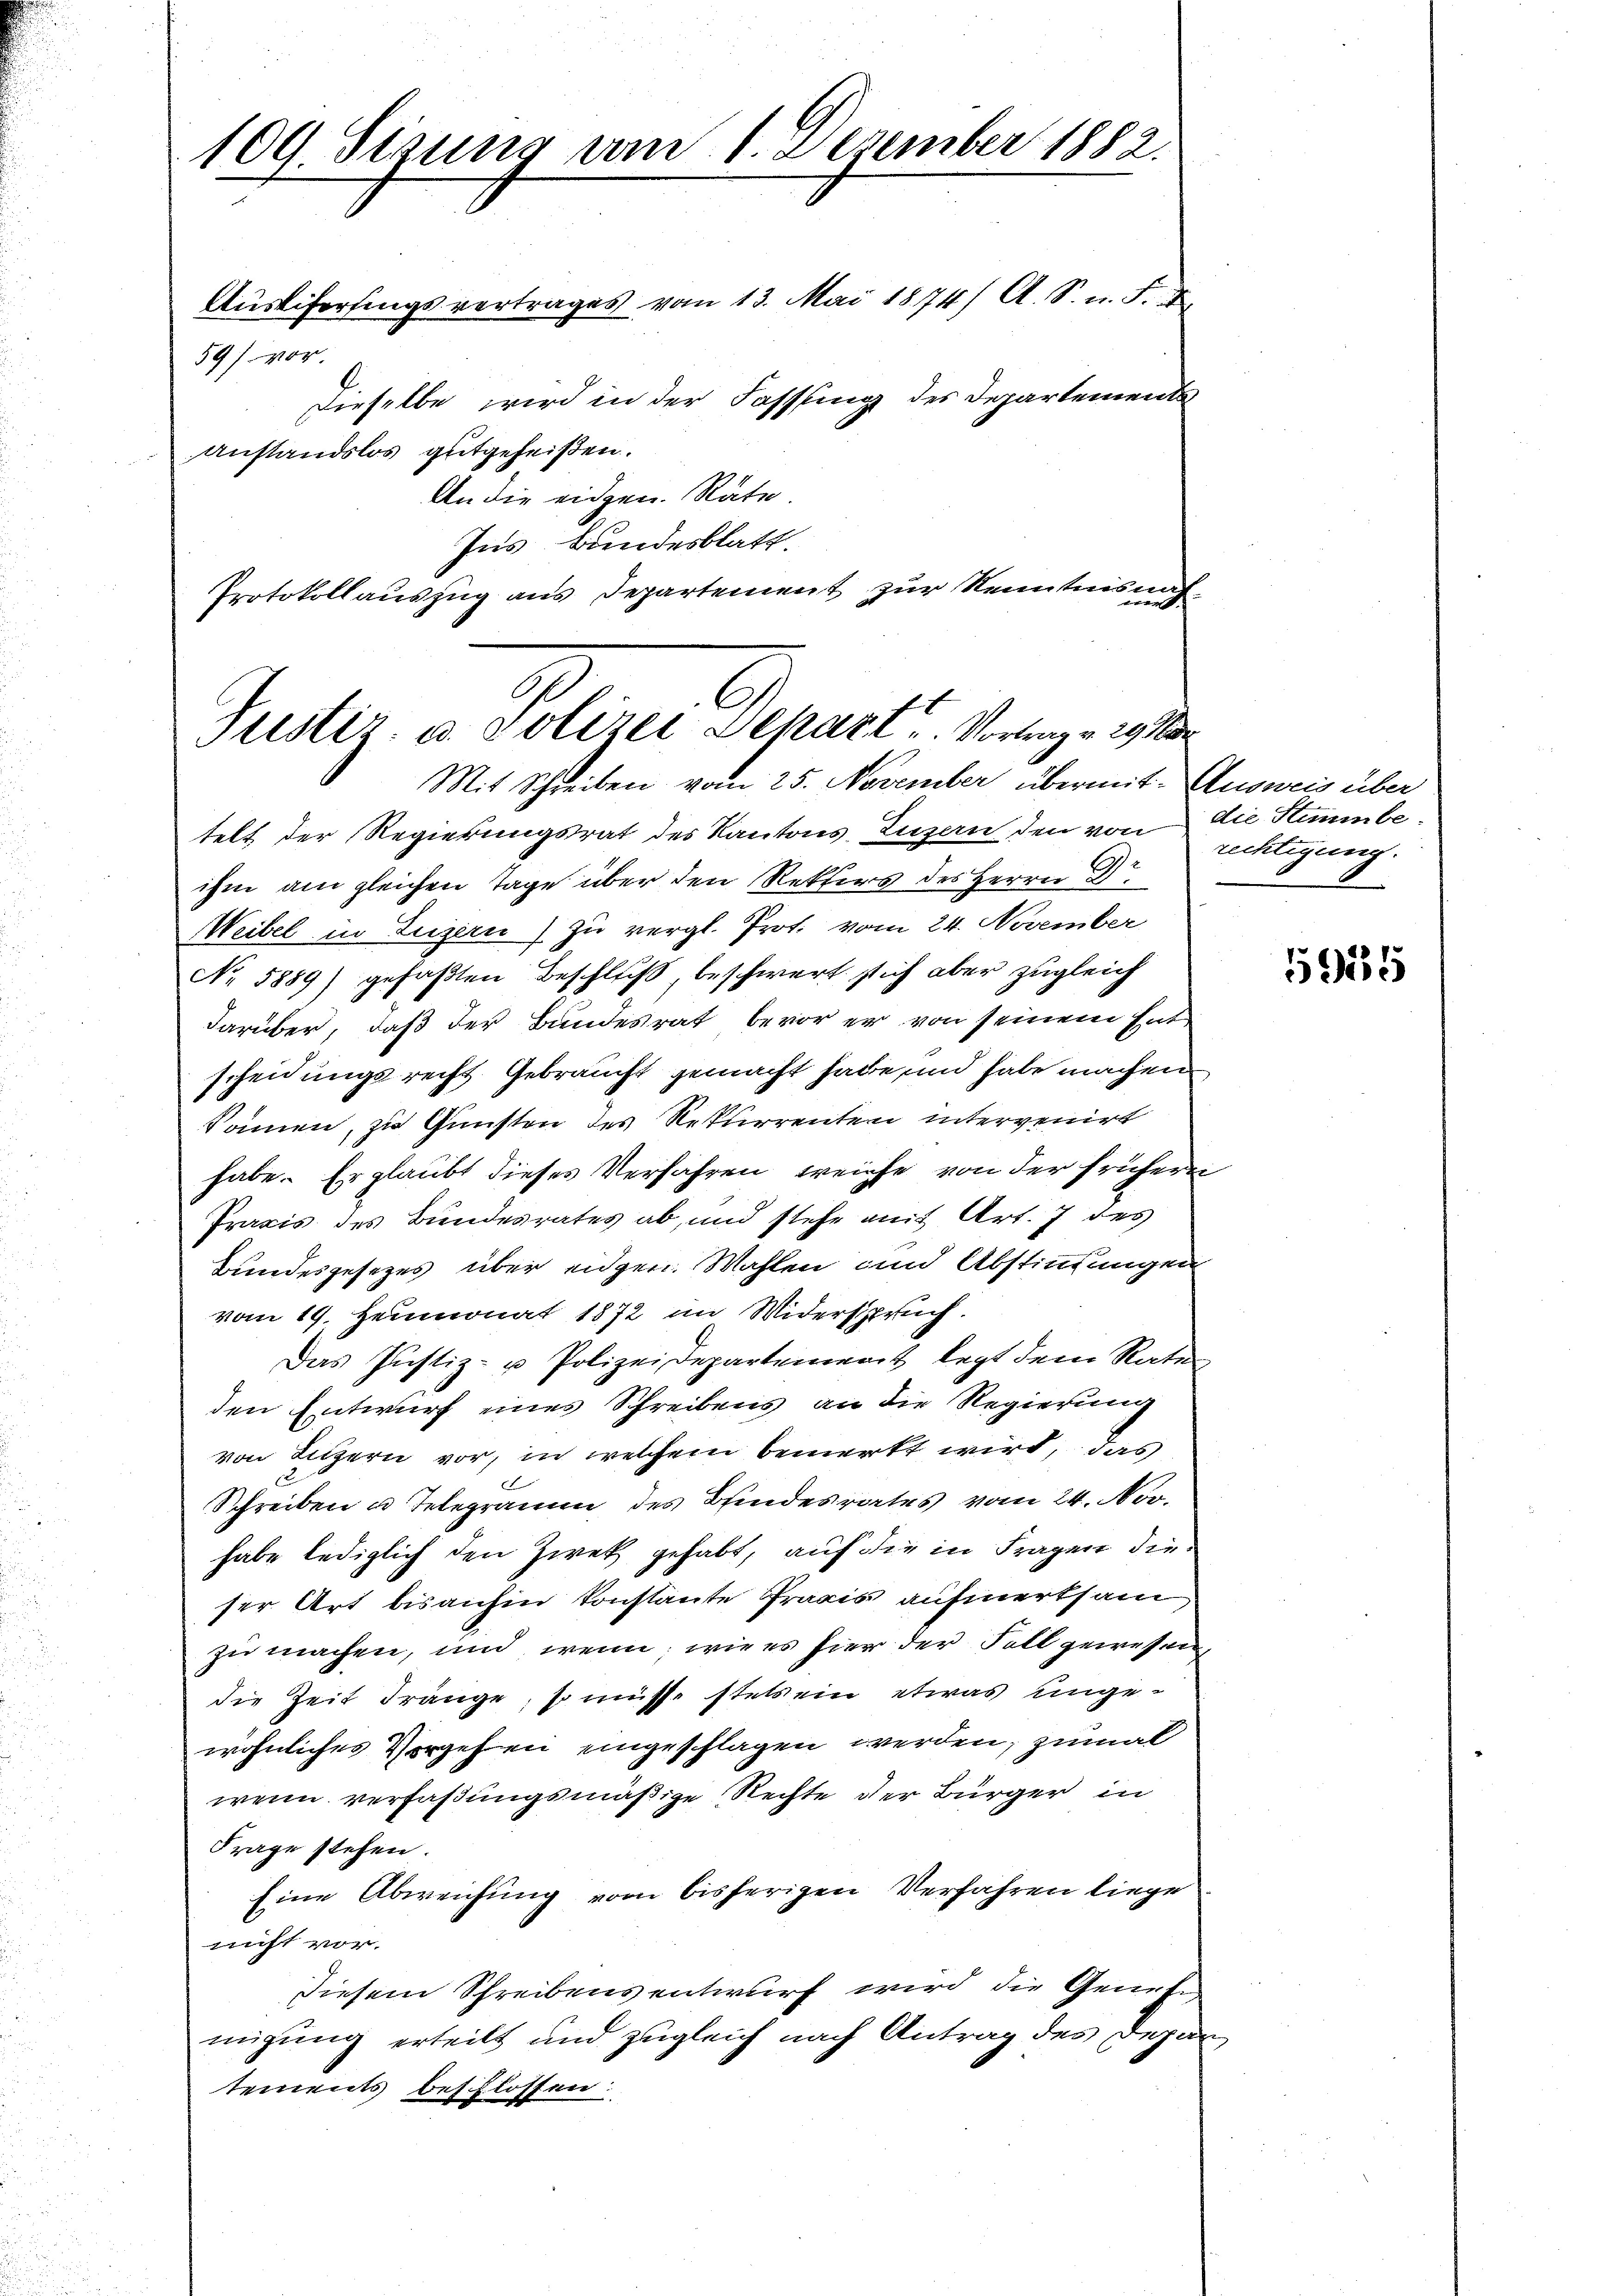
109 Sizung am 1. Dezember 1882.
Austifersingsvertrages vom 13. Mai 1874/ A. S. n. F. X

59) vor.
Dieselbe wird in der Fassung des Departements
Anstandslos gutgeheißen.
An die eidgen. Räte.
Ins Bundesblatt.
Protokollauszug aus Departement zur Kenntnisna¬
.
n

Justiz- u. Polizei Schazt Vortrage 29
Mit Schreiben vom 25. November übermit Ausweis über

telt der Regierungsrat des Kantons, Luzern den von die Stimmbeihm am gleichen Tage über den Rekurs des Herrn Dr
Weibel in Luzern) zu vergl. Prof. vom 24. November
No 5889) gefaßten Beschluß, beschwert sich aber zugleich
darüber, daß der Bundesrat bevor er von seinem Entscheidungsrecht Gebraucht gemacht habe, und habe machen
können, zu Gunsten des Rekurrenten intervenirt
habe. Er glaubt dieses Verfahren weiche von der früherei
Praxis des Bundesrates ab, und stehe mit Art. 7 des
Bundesgesezes über eidgen. Wahlen und Abstimmungen
vom 19. Heumonat 1872 im Widerspruch.
Das Justiz- u Polizeidepartement legt dem Rate
den Entwurf eines Schreibens an die Regierung
von Luzern vor, in welchem bemerkt wird, das
Schreiben u. Telegramm des Bindesrates vom 24. Nov.
habe lediglich den Zwek gehabt, auf die in Fragen dieser Art bisanhin konstante Praxis aufmerksam
zu machen, und wenn, wie es hier der Fall gewesen,
die Zeit Tränge, so müsse stets ein etwas ungewöhnliches Vergehen eingeschlagen werden, zumal
wenn verfaßungsmäßige Rechte der Bürger in
Frage stehen.
Eine Abweichung vom bisherigen Verfahren liege
nicht vor.
Diesem Schreibensentwurf wird die Genehm
migung erteilt und zugleich nach Antrag des Depar
tements beschlossen:

rechtigung.

2

5915